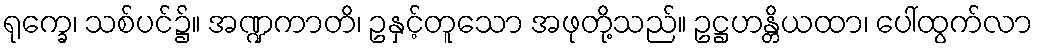
ရုက္ခေ၊ သစ်ပင်၌။ အဏ္ဍကာတိ၊ ဥနှင့်တူသော အဖုတို့သည်။ ဥဋ္ဌဟန္တိယထာ၊ ပေါ်ထွက်လာ